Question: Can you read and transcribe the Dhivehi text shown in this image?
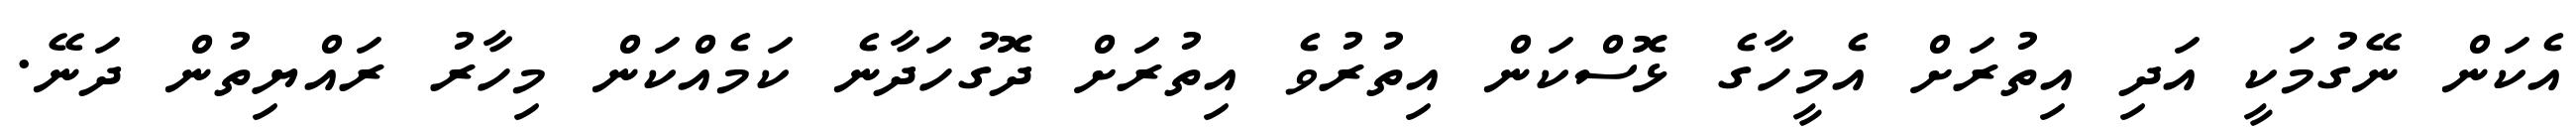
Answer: އެކަން ނޭގުމަކީ އަދި އިތުރަށް އެމީހާގެ ޅޮސްކަން އިތުރުވެ އިތުރަށް ދޮގުހަދާނެ ކަމެއްކަން މިހާރު ރައްޔިތުން ދަނޭ.